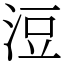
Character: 浢